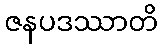
ဇနပဒဿာတိ